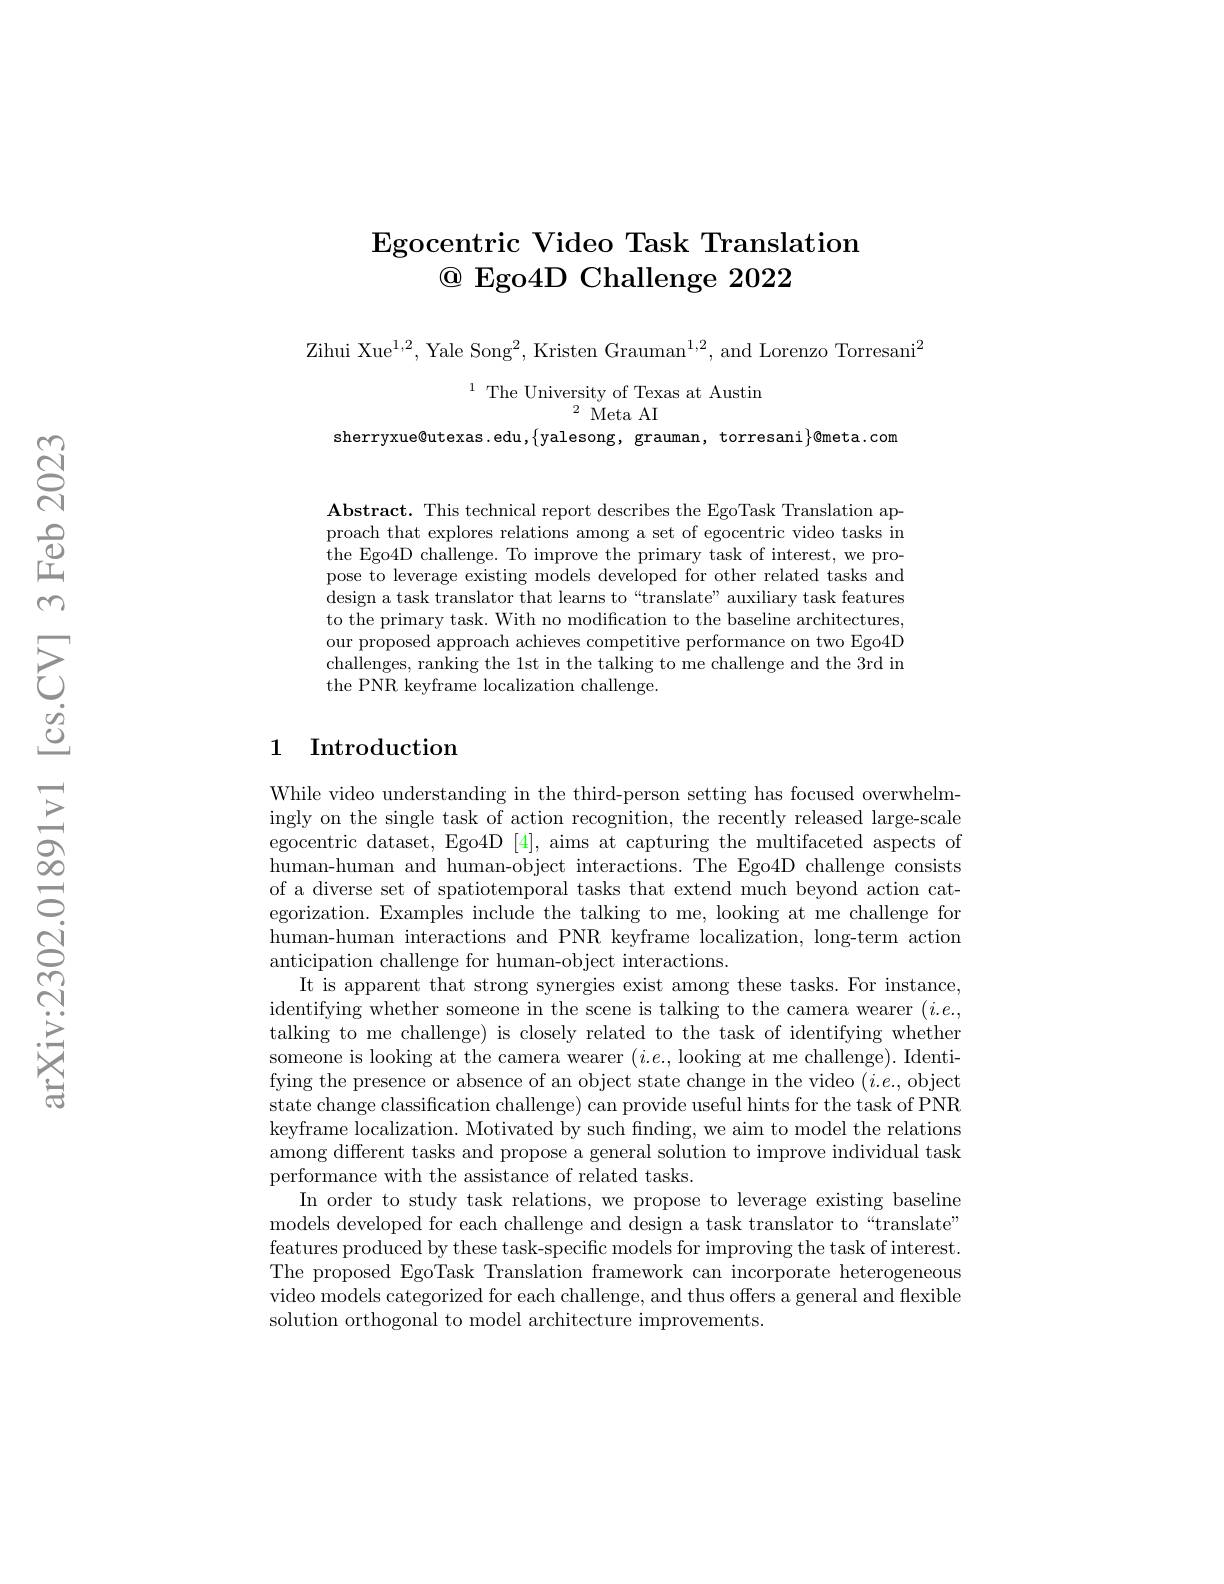
### $\textbf{Egocentric Video Task Translation}$ $\textcircled{\text{@ Ego}4\text{D Challenge }2022}$

$\mathrm{Zihui~Xue}^{1,2}$, Yale Song$^2$, Kristen Grauman$^1,2$, and Lorenzo Torresani$^2$

$\begin{aligned}\text{The University of Texas at Austin}\\\text{sherryxue@utexas.edu,\{yalesong,grauman,torresani}\}&\text{@meta.com}\end{aligned}$

$\mathbf{Abstract.~This~technical~report~describes~the~EgoTask~Translation~ap-}$ proach that explores relations among a set of egocentric video tasks in the Ego4D challenge. To improve the primary task of interest, we propose to leverage existing models developed for other related tasks and design a task translator that learns to“translate” auxiliary task features to the primary task. With no modification to the baseline architectures our proposed approach achieves competitive performance on two Ego4D challenges, ranking the 1st in the talking to me challenge and the 3rd in the PNR keyframe localization challenge.

## 1 Introduction

While video understanding in the third-person setting has focused overwhelmingly on the single task of action recognition, the recently released large-scale egocentric dataset, Ego4D [4], aims at capturing the multifaceted aspects of human-human and human-object interactions. The Ego4D challenge consists of a diverse set of spatiotemporal tasks that extend much beyond action categorization. Examples include the talking to me, looking at me challenge for human-human interactions and PNR keyframe localization, long-term action anticipation challenge for human-object interactions.
It is apparent that strong synergies exist among these tasks. For instance, identifying whether someone in the scene is talking to the camera wearer $(i.e.$, talking to me challenge) is closely related to the task of identifying whether someone is looking at the camera wearer $(i.e.$, looking at me challenge). Identifying the presence or absence of an object state change in the video $(i.e.$,object state change classification challenge) can provide useful hints for the task of PNR keyframe localization. Motivated by such fnding, we aim to model the relations among different tasks and propose a general solution to improve individual task performance with the assistance of related tasks.
In order to study task relations, we propose to leverage existing baseline models developed for each challenge and design a task translator to“translate” features produced by these task-specific models for improving the task of interest. The proposed EgoTask Translation framework can incorporate heterogeneous video models categorized for each challenge, and thus offers a general and flexible solution orthogonal to model architecture improvements.